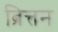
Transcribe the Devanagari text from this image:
ब्रित्तन